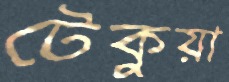
টেকুয়া